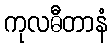
ကုလဓီတာနံ